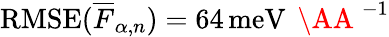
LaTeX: \mathrm{RMSE}(\overline{{F}}_{\alpha,n})=64\, \mathrm{meV}\, \mathrm{~\AA~}^{-1}